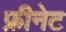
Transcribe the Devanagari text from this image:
फ्रीनेट